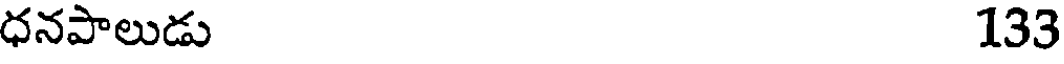
ధనపాలుడు 133